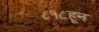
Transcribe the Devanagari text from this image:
८१८हून